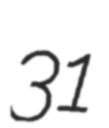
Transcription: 31